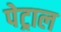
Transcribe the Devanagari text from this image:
पेट्राल